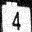
Digit: 4